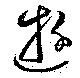
遊